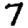
Digit: 7